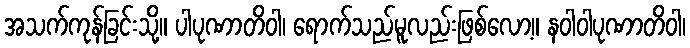
အသက်ကုန်ခြင်းသို့။ ပါပုဏာတိဝါ၊ ရောက်သည်မူလည်းဖြစ်လော့။ နဝါဝါပုဏာတိဝါ၊